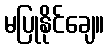
မပြုနိုင်ချေ။